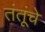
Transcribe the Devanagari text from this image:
तंतूंचे